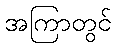
အကြာတွင်